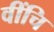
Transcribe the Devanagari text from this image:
वींचि